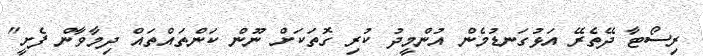
ރިސޯޓާ ދޭތެރޭ އަޅުގަނޑުމެން އުންމީދު ކުރި ގޮތަކަށް ނޫން ކަންތައްތައް ދިމާވާން ފެށީ"